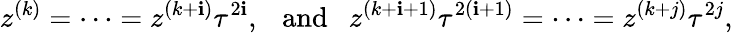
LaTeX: z^{(k)}=\cdots=z^{(k+\mathbf{i})}\tau^{2\mathbf{i}},{~~~\mathrm{{and~~~}}}z^{(k+\mathbf{i}+1)}\tau^{2(\mathbf{i}+1)}=\cdots=z^{(k+j)}\tau^{2j},